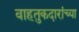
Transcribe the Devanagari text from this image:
वाहतुकदारांच्या